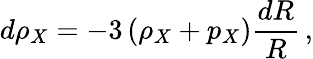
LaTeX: d\rho_{X}=-3\left(\rho_{X}+p_{X}\right)\frac{dR}{R}\, ,